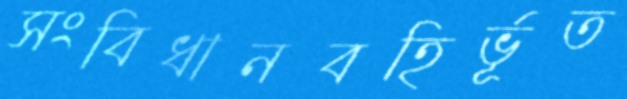
সংবিধানবহির্ভূত